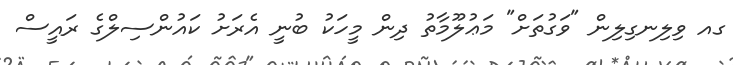
ގއ ވިލިނގިލިން "ވަގުތަށް" މަޢުލޫމާތު ދިން މީހަކު ބުނީ އެރަށު ކައުންސިލްގެ ރައީސް